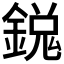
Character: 𫒵